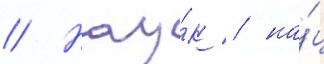
// Нау́к / на́ц